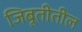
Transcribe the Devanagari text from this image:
जिबूतीतील